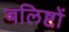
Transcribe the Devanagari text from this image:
बलिष्टों